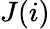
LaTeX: J(i)